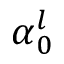
\boldsymbol { \alpha } _ { 0 } ^ { l }